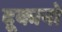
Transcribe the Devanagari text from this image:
दूकानो